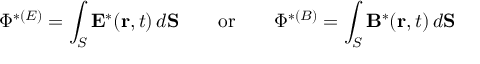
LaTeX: \Phi ^ { * ( E ) } = \int _ { S } { \bf E } ^ { * } ( { \bf r } , t ) \, d { \bf S } \qquad \mathrm { o r } \qquad \Phi ^ { * ( B ) } = \int _ { S } { \bf B } ^ { * } ( { \bf r } , t ) \, d { \bf S }